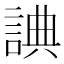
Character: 𧨸